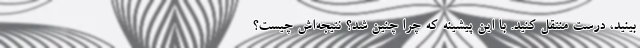
بینید، درست منتقل کنید. با این پیشینه که چرا چنین شد؟ نتیجه‌اش چیست؟